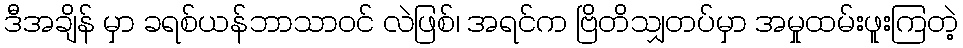
ဒီအချိန် မှာ ခရစ်ယန်ဘာသာဝင် လဲဖြစ်၊ အရင်က ဗြိတိသျှတပ်မှာ အမှုထမ်းဖူးကြတဲ့